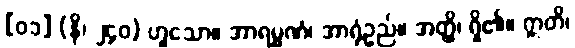
[၀၁] (နိ၊ ၂၄၀) ဟူသော။ အာရမ္မဏံ၊ အာရုံဥည်။ အတ္ထိ၊ ရှိ၏။ ဣတိ၊